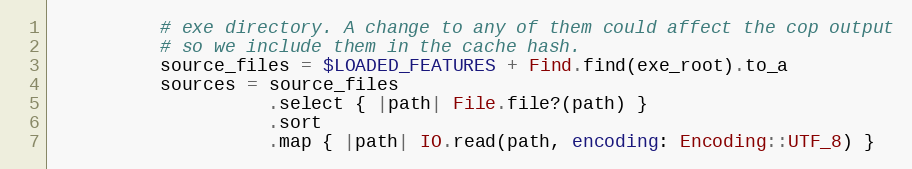
Language: Ruby
          # exe directory. A change to any of them could affect the cop output
          # so we include them in the cache hash.
          source_files = $LOADED_FEATURES + Find.find(exe_root).to_a
          sources = source_files
                    .select { |path| File.file?(path) }
                    .sort
                    .map { |path| IO.read(path, encoding: Encoding::UTF_8) }